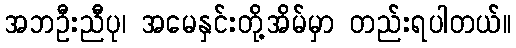
အဘဦးညီပု၊ အမေနှင်းတို့အိမ်မှာ တည်းရပါတယ်။